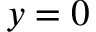
y = 0